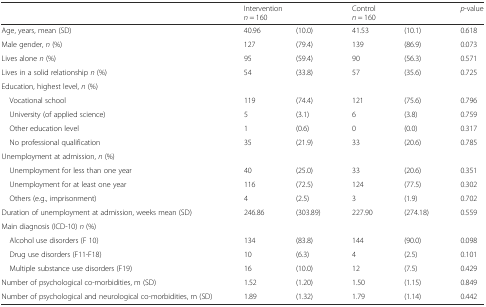
<table><thead><tr><td></td><td colspan="2"><b>Intervention<i>n</i> = 160</b></td><td colspan="2"><b>Control<i>n</i> = 160</b></td><td><b><i>p</i>-value</b></td></tr></thead><tbody><tr><td>Age, years, mean (SD)</td><td>40.96</td><td>(10.0)</td><td>41.53</td><td>(10.1)</td><td>0.618</td></tr><tr><td>Male gender, <i>n</i> (%)</td><td>127</td><td>(79.4)</td><td>139</td><td>(86.9)</td><td>0.073</td></tr><tr><td>Lives alone <i>n</i> (%)</td><td>95</td><td>(59.4)</td><td>90</td><td>(56.3)</td><td>0.571</td></tr><tr><td>Lives in a solid relationship <i>n</i> (%)</td><td>54</td><td>(33.8)</td><td>57</td><td>(35.6)</td><td>0.725</td></tr><tr><td colspan="6">Education, highest level, <i>n</i> (%)</td></tr><tr><td> Vocational school</td><td>119</td><td>(74.4)</td><td>121</td><td>(75.6)</td><td>0.796</td></tr><tr><td> University (of applied science)</td><td>5</td><td>(3.1)</td><td>6</td><td>(3.8)</td><td>0.759</td></tr><tr><td> Other education level</td><td>1</td><td>(0.6)</td><td>0</td><td>(0.0)</td><td>0.317</td></tr><tr><td> No professional qualification</td><td>35</td><td>(21.9)</td><td>33</td><td>(20.6)</td><td>0.785</td></tr><tr><td colspan="6">Unemployment at admission, <i>n</i> (%)</td></tr><tr><td> Unemployment for less than one year</td><td>40</td><td>(25.0)</td><td>33</td><td>(20.6)</td><td>0.351</td></tr><tr><td> Unemployment for at least one year</td><td>116</td><td>(72.5)</td><td>124</td><td>(77.5)</td><td>0.302</td></tr><tr><td> Others (e.g., imprisonment)</td><td>4</td><td>(2.5)</td><td>3</td><td>(1.9)</td><td>0.702</td></tr><tr><td>Duration of unemployment at admission, weeks mean (SD)</td><td>246.86</td><td>(303.89)</td><td>227.90</td><td>(274.18)</td><td>0.559</td></tr><tr><td colspan="6">Main diagnosis (ICD-10) <i>n</i> (%)</td></tr><tr><td> Alcohol use disorders (F 10)</td><td>134</td><td>(83.8)</td><td>144</td><td>(90.0)</td><td>0.098</td></tr><tr><td> Drug use disorders (F11-F18)</td><td>10</td><td>(6.3)</td><td>4</td><td>(2.5)</td><td>0.101</td></tr><tr><td> Multiple substance use disorders (F19)</td><td>16</td><td>(10.0)</td><td>12</td><td>(7.5)</td><td>0.429</td></tr><tr><td>Number of psychological co-morbidities, m (SD)</td><td>1.52</td><td>(1.20)</td><td>1.50</td><td>(1.15)</td><td>0.849</td></tr><tr><td>Number of psychological and neurological co-morbidities, m (SD)</td><td>1.89</td><td>(1.32)</td><td>1.79</td><td>(1.14)</td><td>0.442</td></tr></tbody></table>